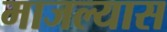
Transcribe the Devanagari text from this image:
माजल्यास